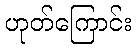
ဟုတ်ကြောင်း